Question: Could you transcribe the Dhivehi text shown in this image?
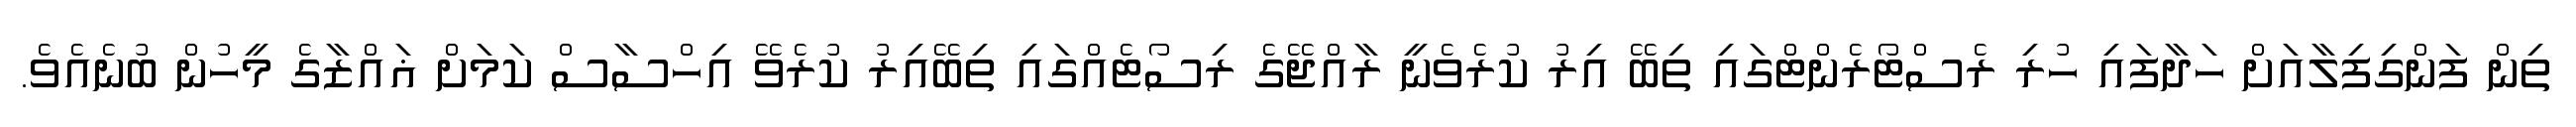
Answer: ތިން ފަންގިފިލާއަށް ހަދާފައި ހުރި ރެސްޓޯރެންޓްގައި ތިބޭ އިރު ކުރެވެނީ ރާއްޖޭގެ ރިސޯޓެއްގައި ތިބޭއިރު ކުރެވޭ އިހްސާސް ކަމަށް ޣައްޒާގެ މީހުން ބުނެއެވެ.